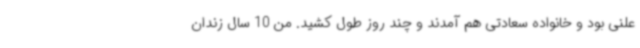
علنی بود و خانواده سعادتی هم آمدند و چند روز طول کشید. من 10 سال زندان